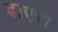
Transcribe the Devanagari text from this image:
दाएरा